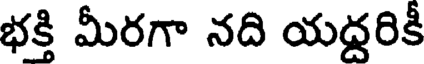
భక్తి మీరగా నది యద్దరికీ